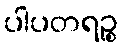
ပါပတရဉ္စ